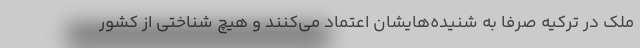
ملک در ترکیه صرفا به شنیده‌هایشان اعتماد می‌کنند و هیچ شناختی از کشور